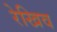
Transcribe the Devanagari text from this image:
रेखिव